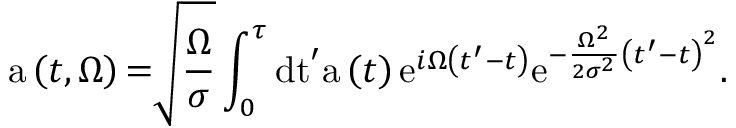
\mathrm { a } \left( t , \Omega \right) \mathrm { = } \sqrt { \frac { \Omega } { \sigma } } \int _ { 0 } ^ { \tau } \mathrm { d t } ^ { \prime } \mathrm { a } \left( t \right) \mathrm { e } ^ { i \Omega \left( t ^ { \prime } - t \right) } \mathrm { e } ^ { - \frac { \Omega ^ { 2 } } { 2 \sigma ^ { 2 } } \left( t ^ { \prime } - t \right) ^ { 2 } } \mathrm { . }